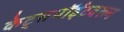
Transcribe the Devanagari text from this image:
केट्सपॉईंटवरून